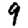
Digit: 9